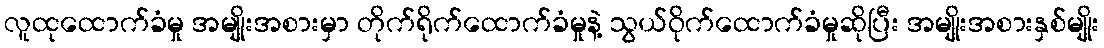
လူထုထောက်ခံမှု အမျိုးအစားမှာ တိုက်ရိုက်ထောက်ခံမှုနဲ့ သွယ်ဝိုက်ထောက်ခံမှုဆိုပြီး အမျိုးအစားနှစ်မျိုး